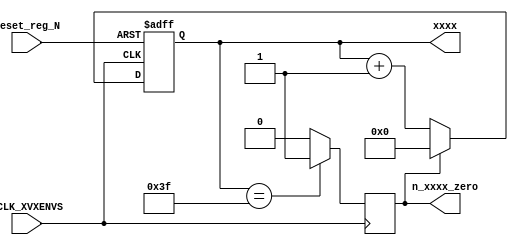
module timing_gen (
	input sCLK_XVXENVS, // clk
	input   reset_reg_N,    // reset
	output reg [V_WIDTH+E_WIDTH-1:0]xxxx,  // index counter 
	output reg  n_xxxx_zero
);

parameter VOICES = 8;
parameter V_ENVS = 8;
parameter V_WIDTH = 3;
parameter E_WIDTH = 3;

	wire xxxx_max = (xxxx == (VOICES*V_ENVS)-1) ? 1'b1:1'b0;
	always @(negedge sCLK_XVXENVS)begin n_xxxx_zero <= xxxx_max; end

	always @(posedge sCLK_XVXENVS or negedge reset_reg_N)begin
		if(!reset_reg_N) begin xxxx <= 0; end
		else begin
			if(n_xxxx_zero ) begin xxxx <= 0; end
			else begin xxxx <= xxxx + 1'b1; end
		end
	end

endmodule